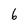
Character: 6